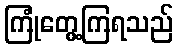
ကြုံတွေ့ကြရသည်